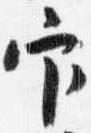
官